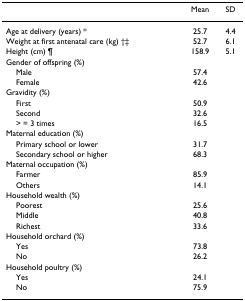
<table><thead><tr><td></td><td><b>Mean</b></td><td><b>SD</b></td></tr></thead><tbody><tr><td>Age at delivery (years) *</td><td>25.7</td><td>4.4</td></tr><tr><td>Weight at first antenatal care (kg) †‡</td><td>52.7</td><td>6.1</td></tr><tr><td>Height (cm) ¶</td><td>158.9</td><td>5.1</td></tr><tr><td>Gender of offspring (%)</td><td></td><td></td></tr><tr><td> Male</td><td>57.4</td><td></td></tr><tr><td> Female</td><td>42.6</td><td></td></tr><tr><td>Gravidity (%)</td><td></td><td></td></tr><tr><td> First</td><td>50.9</td><td></td></tr><tr><td> Second</td><td>32.6</td><td></td></tr><tr><td> &gt; = 3 times</td><td>16.5</td><td></td></tr><tr><td>Maternal education (%)</td><td></td><td></td></tr><tr><td> Primary school or lower</td><td>31.7</td><td></td></tr><tr><td> Secondary school or higher</td><td>68.3</td><td></td></tr><tr><td>Maternal occupation (%)</td><td></td><td></td></tr><tr><td> Farmer</td><td>85.9</td><td></td></tr><tr><td> Others</td><td>14.1</td><td></td></tr><tr><td>Household wealth (%)</td><td></td><td></td></tr><tr><td> Poorest</td><td>25.6</td><td></td></tr><tr><td> Middle</td><td>40.8</td><td></td></tr><tr><td> Richest</td><td>33.6</td><td></td></tr><tr><td>Household orchard (%)</td><td></td><td></td></tr><tr><td> Yes</td><td>73.8</td><td></td></tr><tr><td> No</td><td>26.2</td><td></td></tr><tr><td>Household poultry (%)</td><td></td><td></td></tr><tr><td> Yes</td><td>24.1</td><td></td></tr><tr><td> No</td><td>75.9</td><td></td></tr></tbody></table>